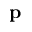
\mathbf { p }